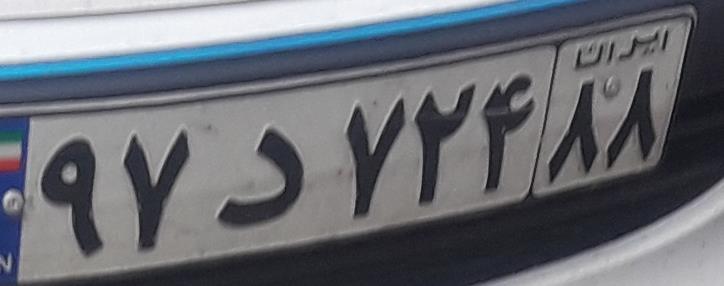
۹۷د۷۲۴۸۸